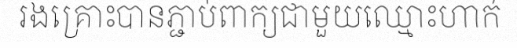
រងគ្រោះបានភ្ជាប់ពាក្យជាមួយឈ្មោះហាក់